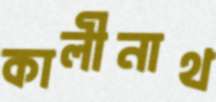
কালীনাথ